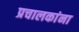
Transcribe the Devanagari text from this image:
प्रचालकांना